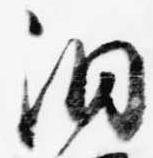
洞